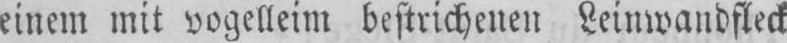
einem mit vogelleim bestrichenen Leinwandfleck